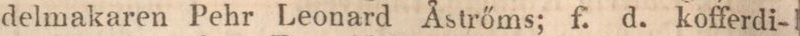
delmakaren Pehr Leonard Åstrőms; f. d. kofferdi-